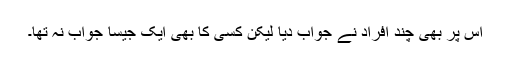
اس پر بھی چند افراد نے جواب دیا لیکن کسی کا بھی ایک جیسا جواب نہ تھا۔